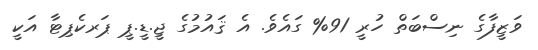
ވަޒީފާގެ ނިސްބަތް ހުރީ 91% ގައެވެ. އެ ޤައުމުގެ ޖީ.ޑީ.ޕީ ޕަރކެޕިޓާ އަކީ